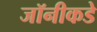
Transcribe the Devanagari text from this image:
जॉनीकडे